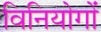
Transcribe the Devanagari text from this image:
विनियोगों